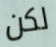
لكن